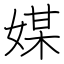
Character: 媒